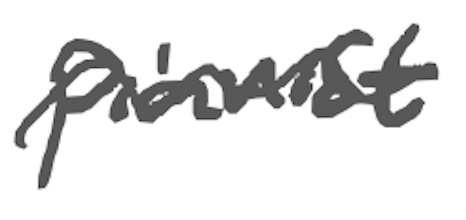
Text: pianist
Cross-out: wave
Writing tool: digital_gray